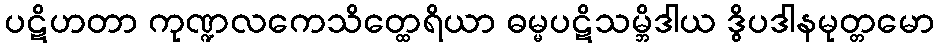
ပဋိဟတာ ကုဏ္ဍလကေသိတ္ထေရိယာ ဓမ္မပဋိသမ္ဘိဒါယ ဒွိပဒါနမုတ္တမော